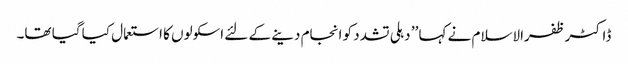
ڈاکٹر ظفرالاسلام نے کہا ’’ دہلی تشدد کو انجام دینے کے لئے اسکولوں کا استعمال کیا گیا تھا۔